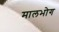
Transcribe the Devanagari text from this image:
मालभोग